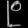
Digit: ၉